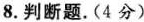
8.判断题。(4分)